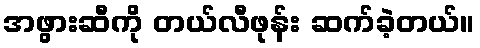
အဖွားဆီကို တယ်လီဖုန်း ဆက်ခဲ့တယ်။